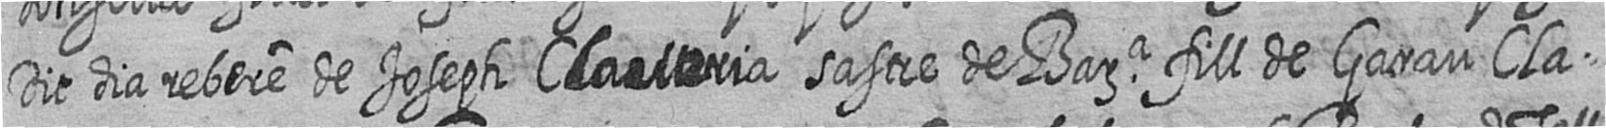
Dit dia rebere de Joseph Claveria sastre de Bara fill de Garau Cla=